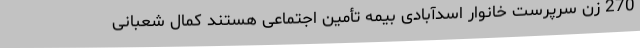
270 زن سرپرست خانوار اسدآبادی بیمه تأمین اجتماعی هستند کمال شعبانی